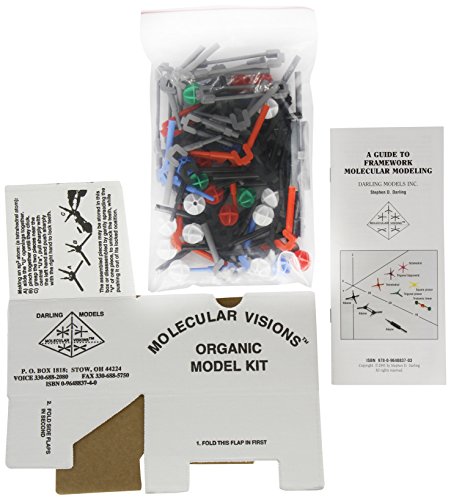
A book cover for Organic Molecular Model Kit; Steve Darling; Science & Math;